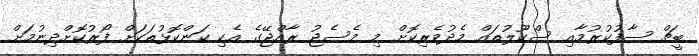
ބީޗް ސާފުކުރުމާއި ސްކޫލުތައް މެދުވެރިކޮށް މި މެސެޖު ރާއްޖޭގެ އެކި ކަންކޮޅުތަކަށް ފޯރުކޮށްދިނުމަށް